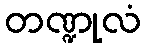
တဏ္ဍုလံ